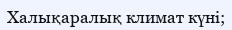
Халықаралық климат күні;